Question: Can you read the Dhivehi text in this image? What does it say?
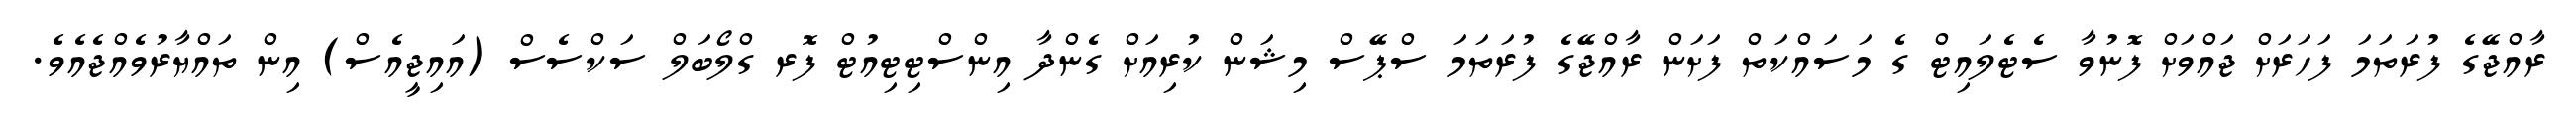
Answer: ރާއްޖޭގެ ފުރަތަމަ ފަހަރަށް ޖައްވަށް ފޮނުވާ ސެޓެލައިޓް ގެ މަސައްކަތް ފަށަން ރާއްޖޭގެ ފުރަތަމަ ސްޕޭސް މިޝަން ކުރިއަށް ގެންދާ އިންސްޓިޓިއުޓް ފޮރ ގްލޯބަލް ސަކްސެސް (އައިޖީއެސް) އިން ތައްޔާރުވެއްޖެއެވެ.